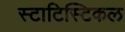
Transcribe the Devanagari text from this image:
स्टाटिस्टिकल